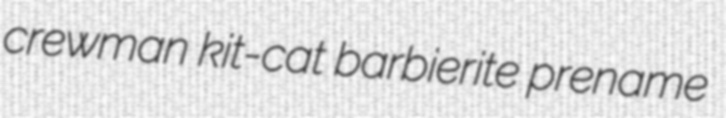
crewman kit-cat barbierite prename